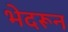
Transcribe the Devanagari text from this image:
भेदरून